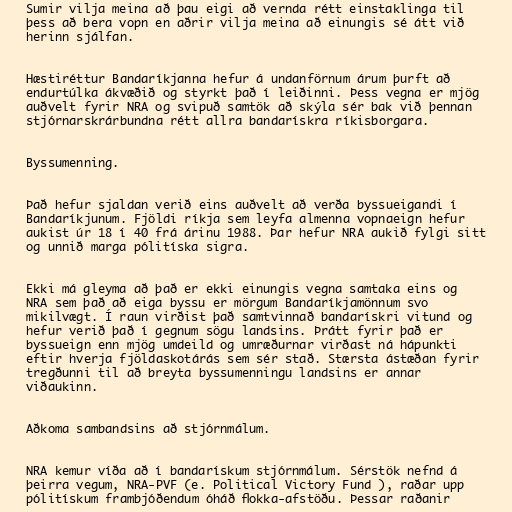
Sumir vilja meina að þau eigi að vernda rétt einstaklinga til
þess að bera vopn en aðrir vilja meina að einungis sé átt við
herinn sjálfan.

Hæstiréttur Bandaríkjanna hefur á undanförnum árum þurft að
endurtúlka ákvæðið og styrkt það í leiðinni. Þess vegna er mjög
auðvelt fyrir NRA og svipuð samtök að skýla sér bak við þennan
stjórnarskrárbundna rétt allra bandarískra ríkisborgara.

Byssumenning.

Það hefur sjaldan verið eins auðvelt að verða byssueigandi í
Bandaríkjunum. Fjöldi ríkja sem leyfa almenna vopnaeign hefur
aukist úr 18 í 40 frá árinu 1988. Þar hefur NRA aukið fylgi sitt
og unnið marga pólitíska sigra.

Ekki má gleyma að það er ekki einungis vegna samtaka eins og
NRA sem það að eiga byssu er mörgum Bandaríkjamönnum svo
mikilvægt. Í raun virðist það samtvinnað bandarískri vitund og
hefur verið það í gegnum sögu landsins. Þrátt fyrir það er
byssueign enn mjög umdeild og umræðurnar virðast ná hápunkti
eftir hverja fjöldaskotárás sem sér stað. Stærsta ástæðan fyrir
tregðunni til að breyta byssumenningu landsins er annar
viðaukinn.

Aðkoma sambandsins að stjórnmálum.

NRA kemur víða að í bandarískum stjórnmálum. Sérstök nefnd á
þeirra vegum, NRA-PVF (e. Political Victory Fund ), raðar upp
pólitískum frambjóðendum óháð flokka-afstöðu. Þessar raðanir